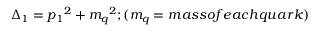
\Delta _ { 1 } = { p _ { 1 } } ^ { 2 } + { m _ { q } } ^ { 2 } ; ( m _ { q } = m a s s o f e a c h q u a r k )